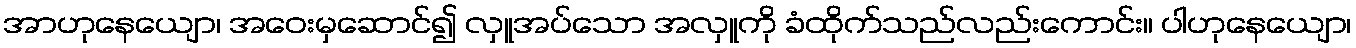
အာဟုနေယျော၊ အဝေးမှဆောင်၍ လှူအပ်သော အလှူကို ခံထိုက်သည်လည်းကောင်း။ ပါဟုနေယျော၊